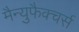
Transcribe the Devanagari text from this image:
मैन्युफैक्चर्स